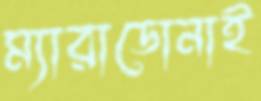
ম্যারাডোনাই